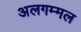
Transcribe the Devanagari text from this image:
अलगम्मल